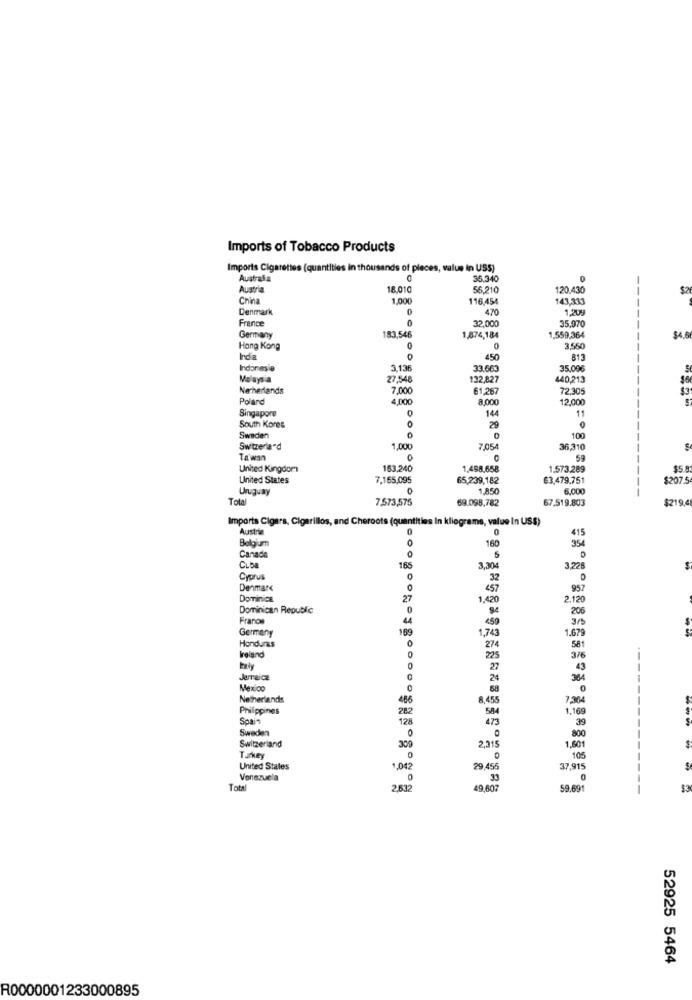
Imports of Tobacco Products
Imports Cigarettes (quantities in thousands of pieces, value in USS)
Australia
35.340
Austria
18.010
56,210
120.430
$2
China
1,000
116,454
143,333
Denmark
0
470
1.20
France
32,000
35,970
183,546
Germany
1,874,184
1,559,364
$4.
Hong Kong
0
1550
India
450
Indonesia
3,136
33.663
35.096
S
Malaysia
27,548
132,827
440,213
Netherlands
7,000
61,267
72,305
Poland
4,000
8,000
12,000
Singapore
0
144
11
South Kores
29
Sweden
0
0
1.00
Switzerland
1.000
7,054
36,310
Ta'wan
0
59
United Kingdom
153.240
1.498,658
1.573.289
$5.8
United States
7.165,095
65,239,182
63,479.751
$207.5
Uruguay
6,000
Tola
7,573,575
69.098.782
67.519.803
$219.4
Imports Cigars, Cigarillos, and Cheroots (quantities In kliograms, value In US$)
Austria
0
415
Belgium
160
354
Canada
0
5
CLba
165
3.304
3,228
Cyprus
32
Denmark
0
457
957
DomTinice
27
1,420
2.120
Dominican Republic
0
206
Fraros
44
459
3 /5
Germany
189
1,743
1,67g
Honduras
0
274
581
Ireland
225
3/6
0
27
43
Jarraicz
24
364
Mexico
0
Netherlands
486
8,455
7.264
Philippines
282
584
1,169
-------
Soais
128
473
39
Sweden
2,215
800
Switzerland
309
1,60
$
TuAry
0
0
105
-
United States
1.042
29,455
37,915
Venezuela
0
33
0
Total
2,61
49,607
59.691
52925 5464
R0000001233000895